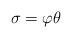
LaTeX: \begin{align*}\sigma=\varphi\theta\end{align*}